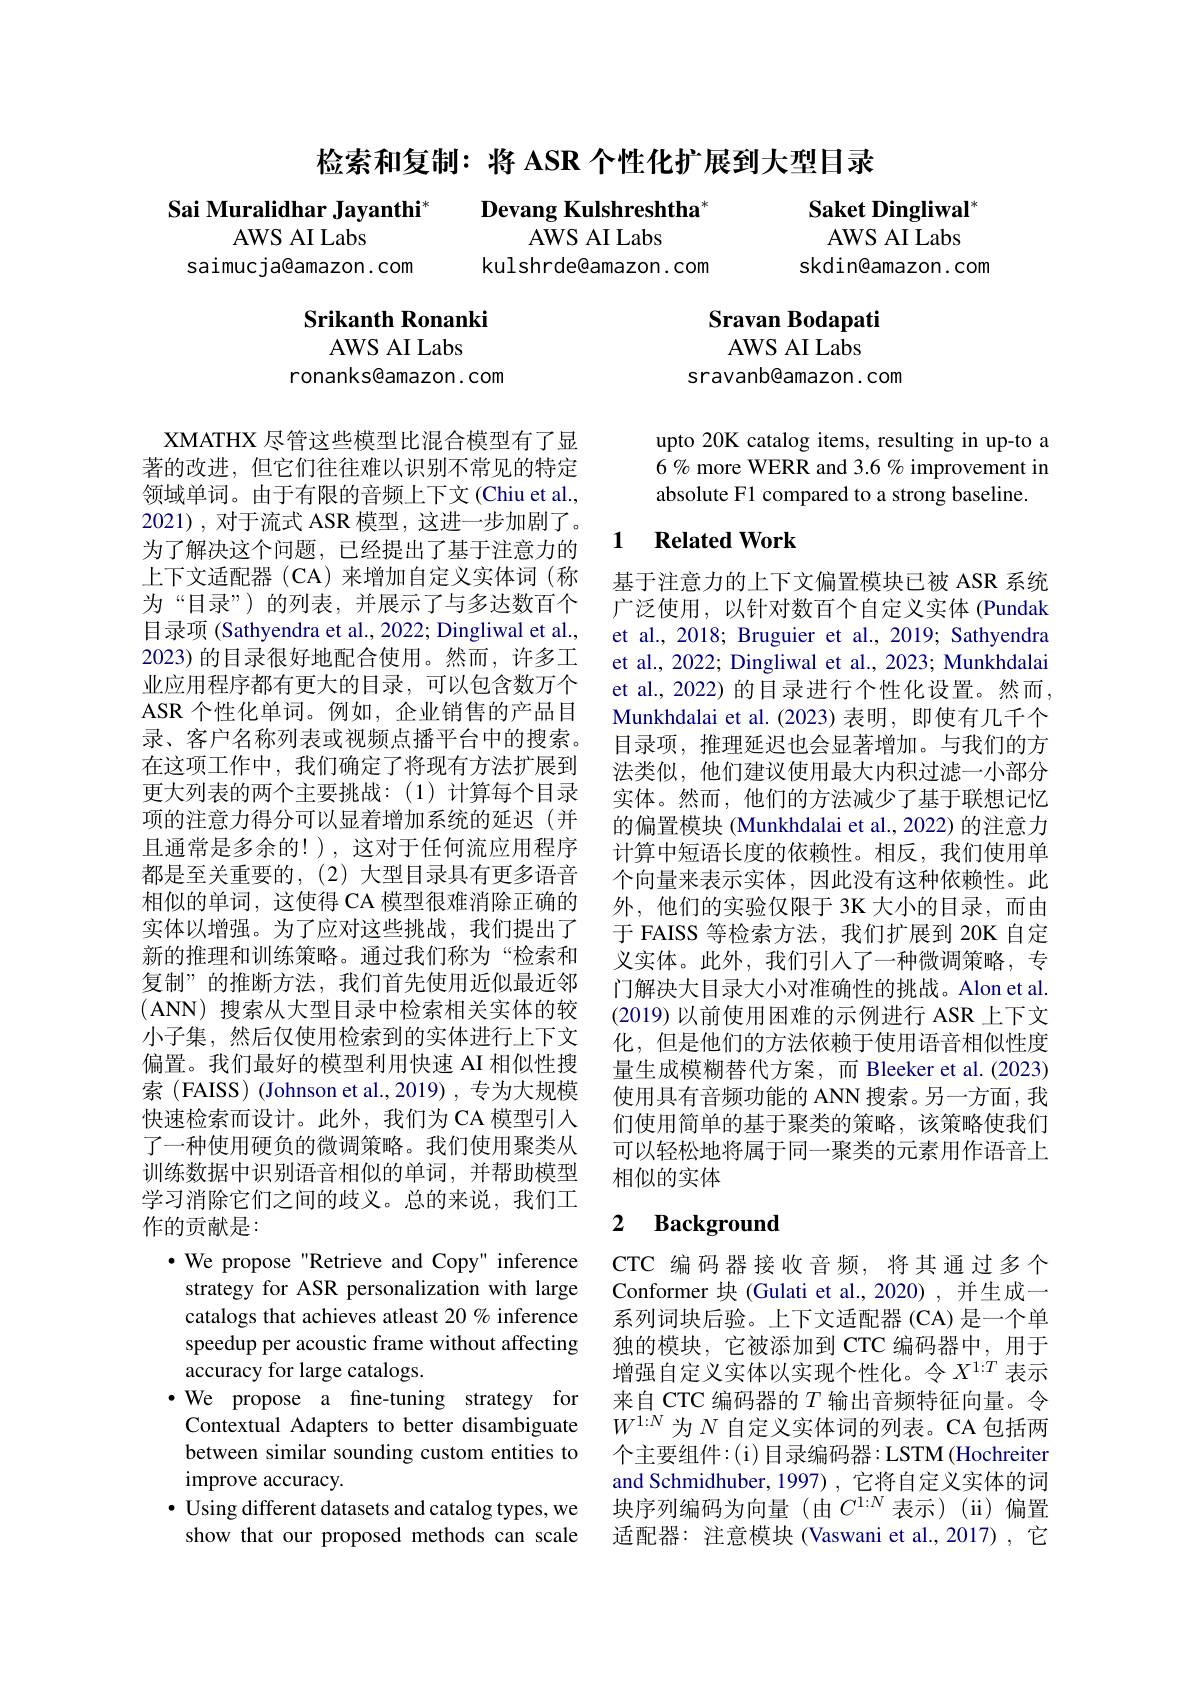
检索和复制：将 ASR 个性化扩展到大型目录

Sai Muralidhar Jayanthi$^*$
Devang Kulshreshtha$^*$
AWS AI Labs
AWS AI Labs
kulshrde@amazon. com
saimucja@amazon.com

Saket Dingliwal$^{*}$ AWS AI Labs
skdin@amazon.com

## Srikanth Ronanki

Sravan Bodapati

AWS AI Labs
sravanb@amazon. com

AWS AI Labs
ronanks@amazon.com

upto 20K catalog items, resulting in up-to a 6% more WERR and 3.6% improvement in absolute F1 compared to a strong baseline.

## 1 $\textbf{Related Work}$

基于注意力的上下文偏置模块已被 ASR 系统广泛使用，以针对数百个自定义实体(Pundak et al., 2018; Bruguier et al., 2019; Sathyendra et al., 2022; Dingliwal et al., 2023; Munkhdalai et al., 2022) 的目录进行个性化设置。然而， Munkhdalai et al.(2023)表明，即使有几千个目录项，推理延迟也会显著增加。与我们的方法类似，他们建议使用最大内积过滤一小部分实体。然而，他们的方法减少了基于联想记忆的偏置模块 (Munkhdalai et al., 2022) 的注意力计算中短语长度的依赖性。相反，我们使用单个向量来表示实体，因此没有这种依赖性。此外，他们的实验仅限于 3K 大小的目录，而由于 FAISS 等检索方法，我们扩展到 20K 自定义实体。此外，我们引入了一种微调策略，专门解决大目录大小对准确性的挑战。Alon et al. (2019)以前使用困难的示例进行 ASR 上下文化，但是他们的方法依赖于使用语音相似性度量生成模糊替代方案，而 Bleeker et al.(2023) 使用具有音频功能的 ANN 搜索。另一方面，我们使用简单的基于聚类的策略，该策略使我们可以轻松地将属于同一聚类的元素用作语音上相似的实体

XMATHX 尽管这些模型比混合模型有了显著的改进，但它们往往难以识别不常见的特定领域单词。由于有限的音频上下文(Chiu et al., 2021),对于流式 ASR 模型，这进一步加剧了。为了解决这个问题，已经提出了基于注意力的上下文适配器(CA)来增加自定义实体词(称为“目录”)的列表，并展示了与多达数百个目录项 (Sathyendra et al., 2022; Dingliwal et al., 2023) 的目录很好地配合使用。然而，许多工业应用程序都有更大的目录，可以包含数万个ASR 个性化单词。例如，企业销售的产品目录、客户名称列表或视频点播平台中的搜索。在这项工作中，我们确定了将现有方法扩展到更大列表的两个主要挑战：(1)计算每个目录项的注意力得分可以显着增加系统的延迟(并且通常是多余的！),这对于任何流应用程序都是至关重要的，(2)大型目录具有更多语音相似的单词，这使得 CA 模型很难消除正确的实体以增强。为了应对这些挑战，我们提出了新的推理和训练策略。通过我们称为“检索和复制”的推断方法，我们首先使用近似最近邻(ANN) 搜索从大型目录中检索相关实体的较小子集，然后仅使用检索到的实体进行上下文偏置。我们最好的模型利用快速 AI 相似性搜索(FAISS) (Johnson et al.,2019) , 专为大规模快速检索而设计。此外，我们为 CA 模型引入了一种使用硬负的微调策略。我们使用聚类从训练数据中识别语音相似的单词，并帮助模型学习消除它们之间的歧义。总的来说，我们工作的贡献是：
$\bullet$ We propose "Retrieve and Copy" inference strategy for ASR personalization with large catalogs that achieves atleast 20 % inference speedup per acoustic frame without affecting accuracy for large catalogs.
$\bullet$We propose a fine-tuning strategy for Contextual Adapters to better disambiguate between similar sounding custom entities to improve accuracy.
$\bullet$ Using different datasets and catalog types, we
show that our proposed methods can scale

### 2 $\textbf{Background}$

CTC 编码器接收音频，将其通过多个Conformer 块 (Gulati et al.,2020) , 并生成一系列词块后验。上下文适配器(CA) 是一个单独的模块，它被添加到 CTC 编码器中，用于增强自定义实体以实现个性化。令$X^1:T$ 表示来自 CTC 编码器的$T$输出音频特征向量。令$W^{1:N}$为$N$自定义实体词的列表。CA包括两个主要组件：(i)目录编码器：LSTM(Hochreiter and Schmidhuber, 1997) , 它将自定义实体的词块序列编码为向量(由$C^{1:N}$表示)(ii)偏置适配器：注意模块 (Vaswani et al., 2017) ,它